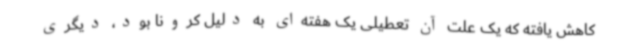
کاهش یافته که یک علت آن تعطیلی یک هفته‌ای به دلیل کرونا بود، دیگری